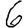
Digit: 6